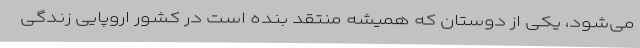
می‌شود، یکی از دوستان که همیشه منتقد بنده است در کشور اروپایی زندگی